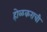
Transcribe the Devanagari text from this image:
होळकराची